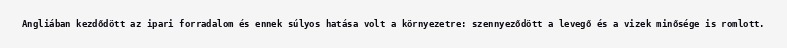
Angliában kezdődött az ipari forradalom és ennek súlyos hatása volt a környezetre: szennyeződött a levegő és a vizek minősége is romlott.